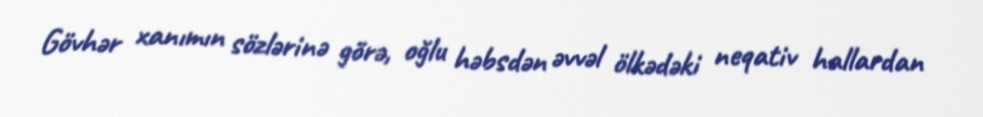
Gövhər xanımın sözlərinə görə, oğlu həbsdən əvvəl ölkədəki neqativ hallardan